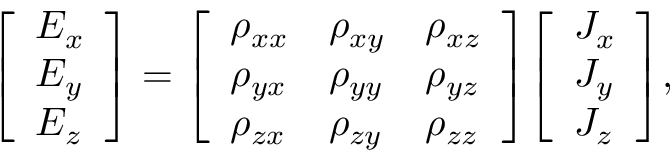
{ \left[ \begin{array} { l } { E _ { x } } \\ { E _ { y } } \\ { E _ { z } } \end{array} \right] } = { \left[ \begin{array} { l l l } { \rho _ { x x } } & { \rho _ { x y } } & { \rho _ { x z } } \\ { \rho _ { y x } } & { \rho _ { y y } } & { \rho _ { y z } } \\ { \rho _ { z x } } & { \rho _ { z y } } & { \rho _ { z z } } \end{array} \right] } { \left[ \begin{array} { l } { J _ { x } } \\ { J _ { y } } \\ { J _ { z } } \end{array} \right] } ,